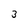
Character: 3